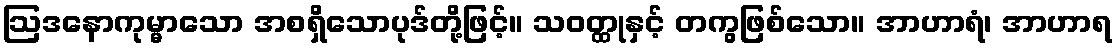
ဩဒနောကုမ္မာသော အစရှိသောပုဒ်တို့ဖြင့်။ သဝတ္ထုနှင့် တကွဖြစ်သော။ အာဟာရံ၊ အာဟာရ